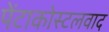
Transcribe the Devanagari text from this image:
पेंटाकोस्टलवाद